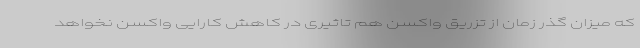
که میزان گذر زمان از تزریق واکسن هم تاثیری در کاهش کارایی واکسن نخواهد